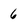
Character: 6